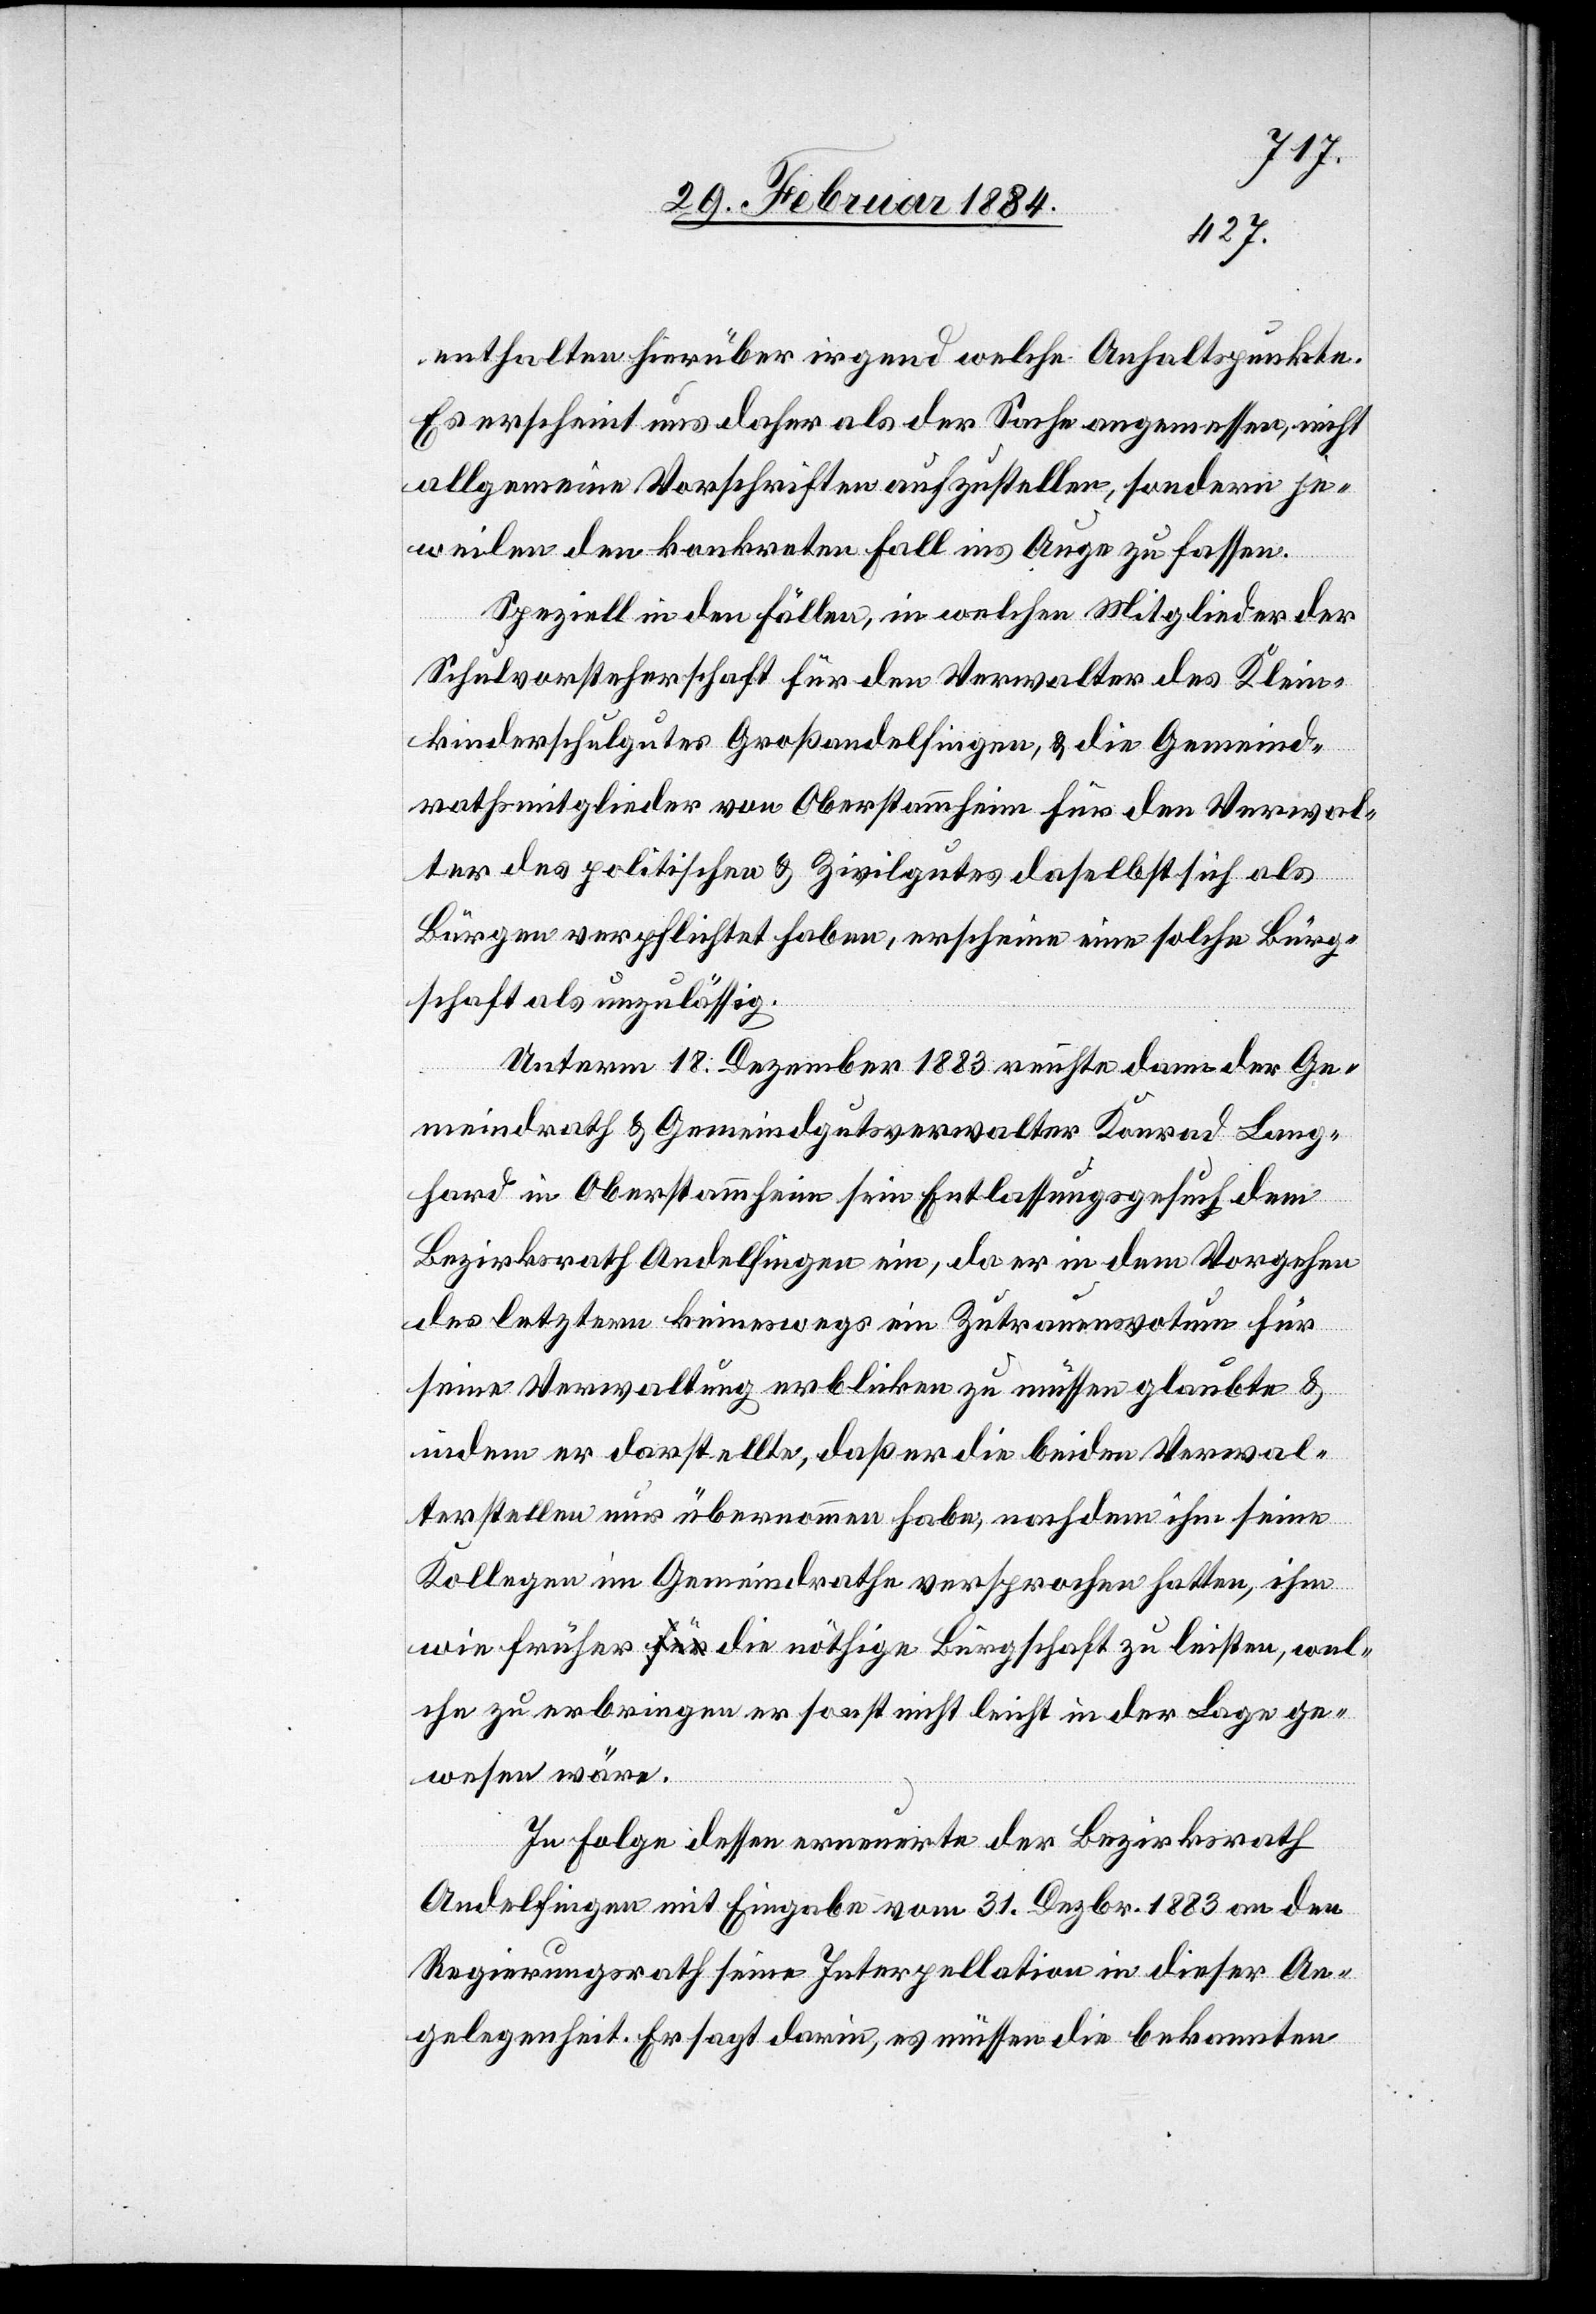
enthalten hierüber irgend welche Anhaltspunkte.
Es erscheint uns daher als der Sache angemessen, nicht
allgemeine Vorschriften aufzustellen, sondern je¬
weilen den konkreten Fall ins Auge zu fassen.
Speziell in den Fällen, in welchen Mitglieder der
Schulvorsteherschaft für den Verwalter des Klein¬
kinderschulgutes Großandelfingen, & die Gemeind¬
rathsmitglieder von Oberstammheim für den Verwal¬
ter des politischen & Zivilgutes daselbst sich als
Bürgen verpflichtet haben, erscheine eine solche Bürg¬
schaft als unzulässig.
Unterm 18. Dezember 1883 reichte dann der Ge¬
meindrath & Gemeindgutsverwalter Konrad Lang¬
hand in Oberstammheim sein Entlassungsgesuch dem
Bezirksrath Andelfingen ein, da er in dem Vorgehen
des letztern keineswegs ein Zutrauensvotum für
seine Verwaltung erblicken zu müssen glaubte &
indem er darstellte, daß er die beiden Verwal¬
terstellen nur übernommen habe, nachdem ihm seine
Kollegen im Gemeindrathe versprochen hatte, ihm
wie früher die nöthige Bürgschaft zu leisten, wel¬
che zu erbringen er sonst nicht leicht in der Lage ge¬
wesen wäre.
In Folge dessen erneuerte der Bezirksrath
Andelfingen mit Eingabe vom 31. Dezbr. 1883 an den
Regierungsrath seine Interpellation in dieser An¬
gelegenheit. Er sagt darin, es müssen die bekannten